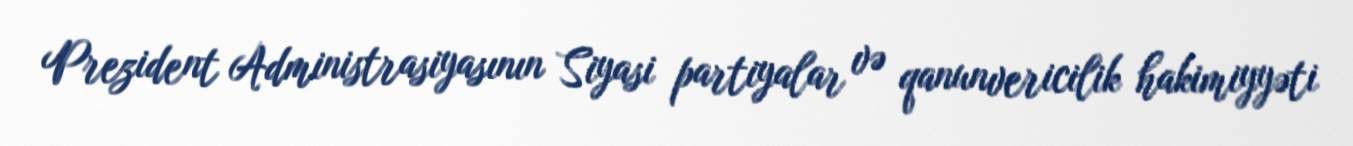
Prezident Administrasiyasının Siyasi partiyalar və qanunvericilik hakimiyyəti